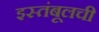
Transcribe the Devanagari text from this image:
इस्तंबूलची